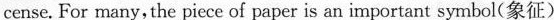
cense. For many, the piece of paper is an important symbol(象征)